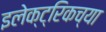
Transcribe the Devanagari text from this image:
इलेक्ट्रिकच्या